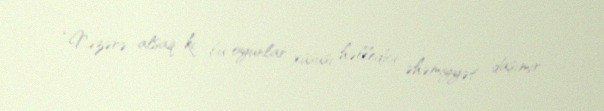
“Nəzərə alsaq ki, bu oyunlar xüsusi həlledici əhəmiyyət daşımır.